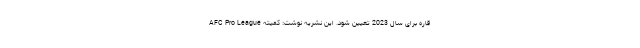
قاره برای سال 2023 تعیین شود. این نشریه نوشت: کمیته AFC Pro League